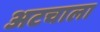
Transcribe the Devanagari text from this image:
अटचाला